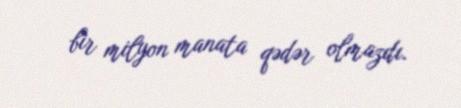
bir milyon manata qədər olmazdı.